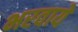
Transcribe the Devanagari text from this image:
भरवाये